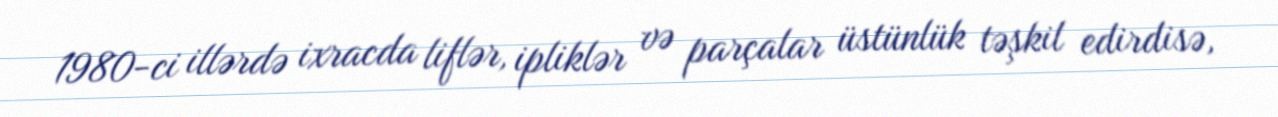
1980-ci illərdə ixracda liflər, ipliklər və parçalar üstünlük təşkil edirdisə,